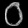
Digit: ၀